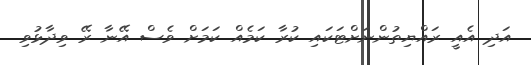
އަދި އެއީ ރައްޔިތުންނަށްޓަކައި ކުރާ ކަމެއް ކަމަށް ވެސް އޭނާ ރޭ ވިދާޅުވި